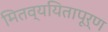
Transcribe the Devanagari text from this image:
मितव्ययितापूर्ण